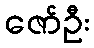
ဇော်ဦး